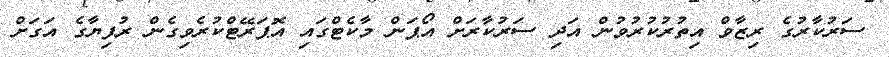
ސަރުކާރުގެ ރިޒާވް އިތުރުކުރުވުން އަދި ސަރުކާރަށް އޯޕަން މާކެޓްގައި އޮޕަރޭޓްކުރެވިގެން ރުފިޔާގެ އަގަށް